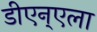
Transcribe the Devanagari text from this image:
डीएन्एला